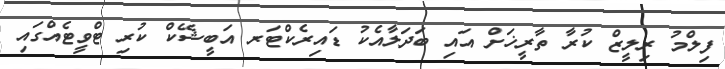
ފިލްމު ރިލީޒް ކުރާ ތާރީޚަށް އައި ބަދަލާއެކު ޑައިރެކްޓަރ އަބީޝޭކް ކުރި ޓްވީޓެއްގައި